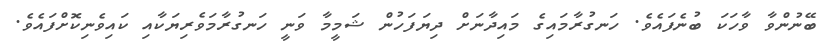
ބޭނުންވާ ވާހަކަ ބުނެފައެވެ. ހަނގުރާމައިގެ މައިދާނަށް ދިޔަފަހުން ޝަމީމާ ވަނީ ހަނގުރާމަވެރިޔަކާއި ކައިވެނިކޮށްފައެވެ.